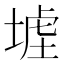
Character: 𡎪